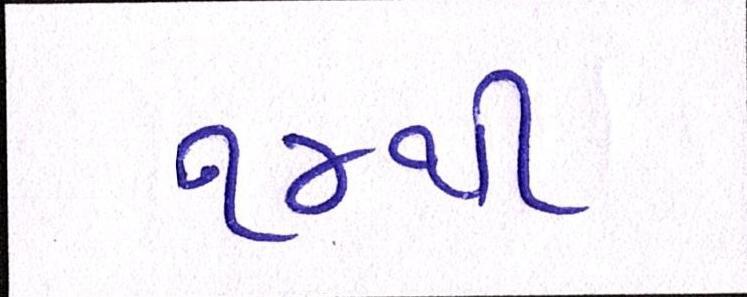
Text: ૧૪થી